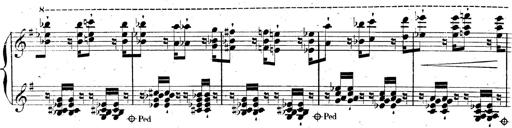
Title: AnnÃ©es de pÃ¨lerinage II, SupplÃ©ment
Composer: Franz Liszt